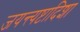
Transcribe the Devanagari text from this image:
जयन्त्यष्टादिशा